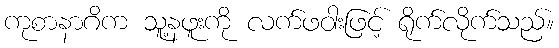
ကုစာနာဂိက သူ့နဖူးကို လက်ဖဝါးဖြင့် ရိုက်လိုက်သည်။